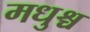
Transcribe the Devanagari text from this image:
मधुश्च